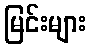
မြင်းများ